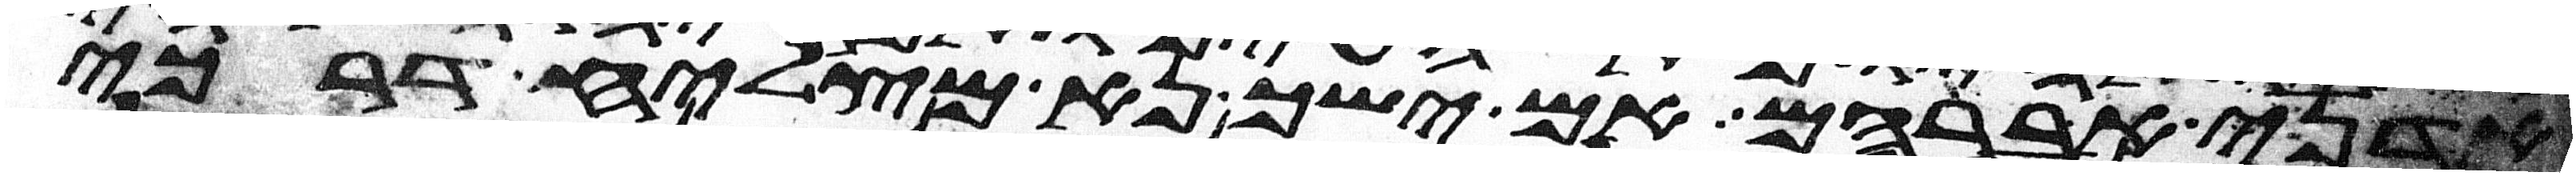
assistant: אדני אברהם אם ישך נא מצליח דרכי